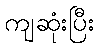
ကျဆုံးပြီး